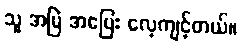
သူ အမြဲ အပြေး လေ့ကျင့်တယ်။